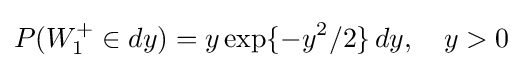
P(W_{1}^{+}\in dy)=y\exp\{-y^{2}/2\}\,dy,\quad y>0